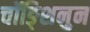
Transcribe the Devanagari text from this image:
चॉङ्शिनुन